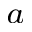
^ a